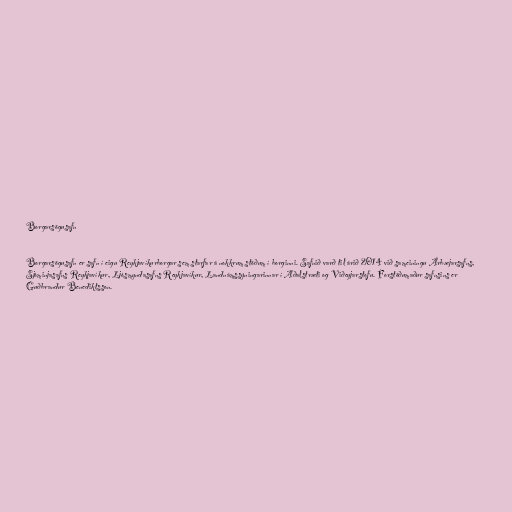
Borgarsögusafn

Borgarsögusafn er safn í eigu Reykjavíkurborgar sem starfar á nokkrum stöðum í borginni. Safnið varð til árið 2014 við sameiningu Árbæjarsafns,
Sjóminjasafns Reykjavíkur, Ljósmyndasafns Reykjavíkur, Landnámssýningarinnar í Aðalstræti og Viðeyjarstofu. Forstöðumaður safnsins er
Guðbrandur Benediktsson.